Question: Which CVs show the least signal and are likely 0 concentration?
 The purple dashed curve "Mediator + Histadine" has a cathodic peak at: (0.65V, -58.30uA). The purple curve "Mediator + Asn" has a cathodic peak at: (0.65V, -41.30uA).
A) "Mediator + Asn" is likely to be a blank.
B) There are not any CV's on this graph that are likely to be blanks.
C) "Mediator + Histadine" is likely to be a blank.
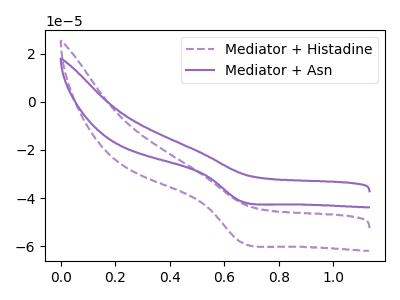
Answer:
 <answer>B) There are not any CV's on this graph that are likely to be blanks.</answer>
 <eval>B</eval>